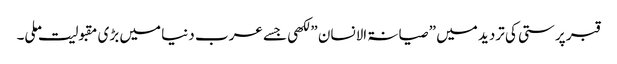
قبر پرستی کی تردید میں ” صیانۃ الانسان ” لکھی جسے عرب دنیا میں بڑی مقبولیت ملی۔